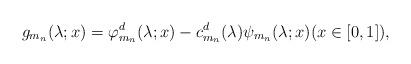
LaTeX: \begin{align*} g_{m_n}(\lambda;x) = \varphi^d_{m_n}(\lambda;x) - c^d_{m_n}(\lambda)\psi_{m_n}(\lambda;x) (x \in [0,1]), \end{align*}